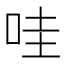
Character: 哇